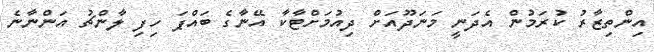
އިންތިޒާރު ކުރަމުން އެދަނީ މަނަދޫއަށް ދިއުމަށްޓާކާ އޭނާގެ ބައްޕަ ހިފި ލާންޗު އަންނާނެ